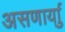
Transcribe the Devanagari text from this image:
असणार्याु